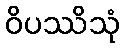
ဝိပဿိသုံ